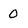
Character: 0